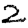
Digit: 2